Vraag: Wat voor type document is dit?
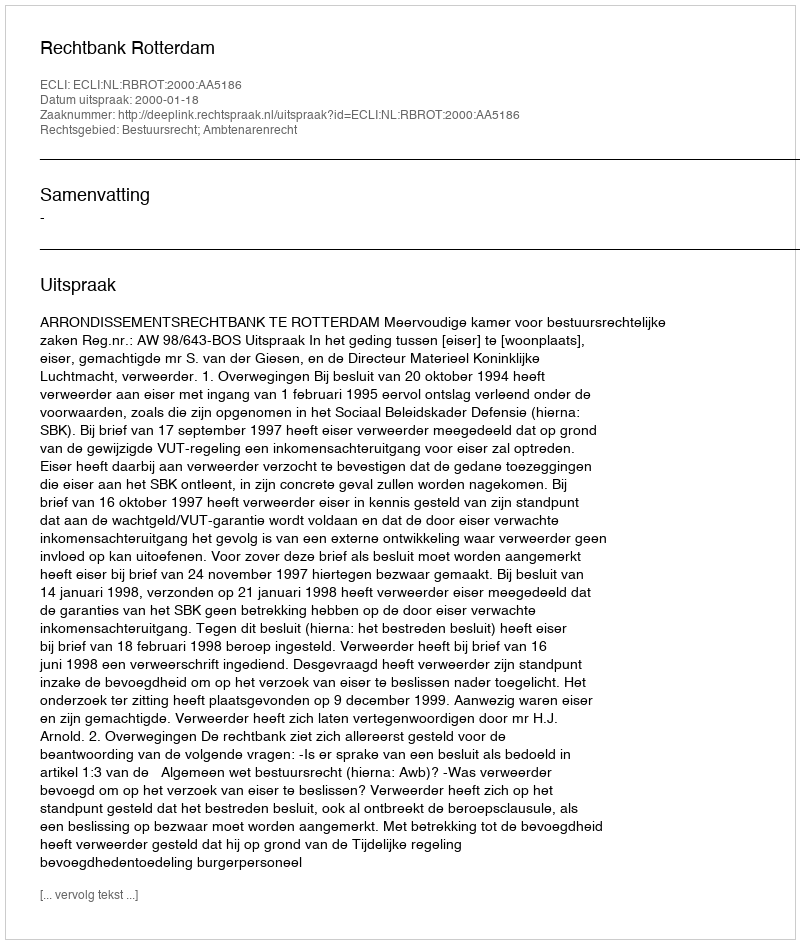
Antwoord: Uitspraak